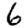
Digit: 6